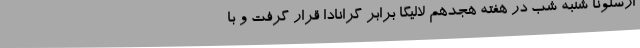
ارسلونا شنبه شب در هفته هجدهم لالیگا برابر گرانادا قرار گرفت و با